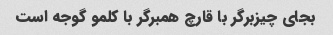
بجای چیزبرگر با قارچ همبرگر با کلمو گوجه است